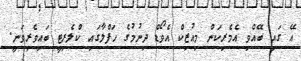
އޭ ގައި ބޭއްވި އެމެރިކަން މިއުޒިކް އެވޯޑް ދިނުމުގެ ހަފްލާގައި ކްލެރިޓީ ބައިވެރިވަނީ.